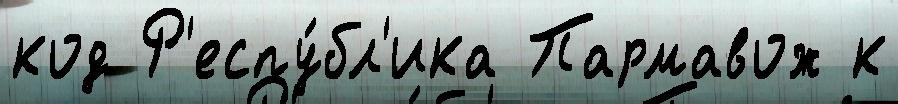
код Р'еспу́бл'ика Пармавож к